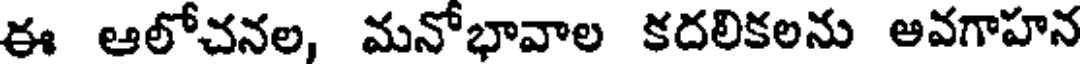
ఈ ఆలోచనల, మనోభావాల కదలికలను అవగాహన